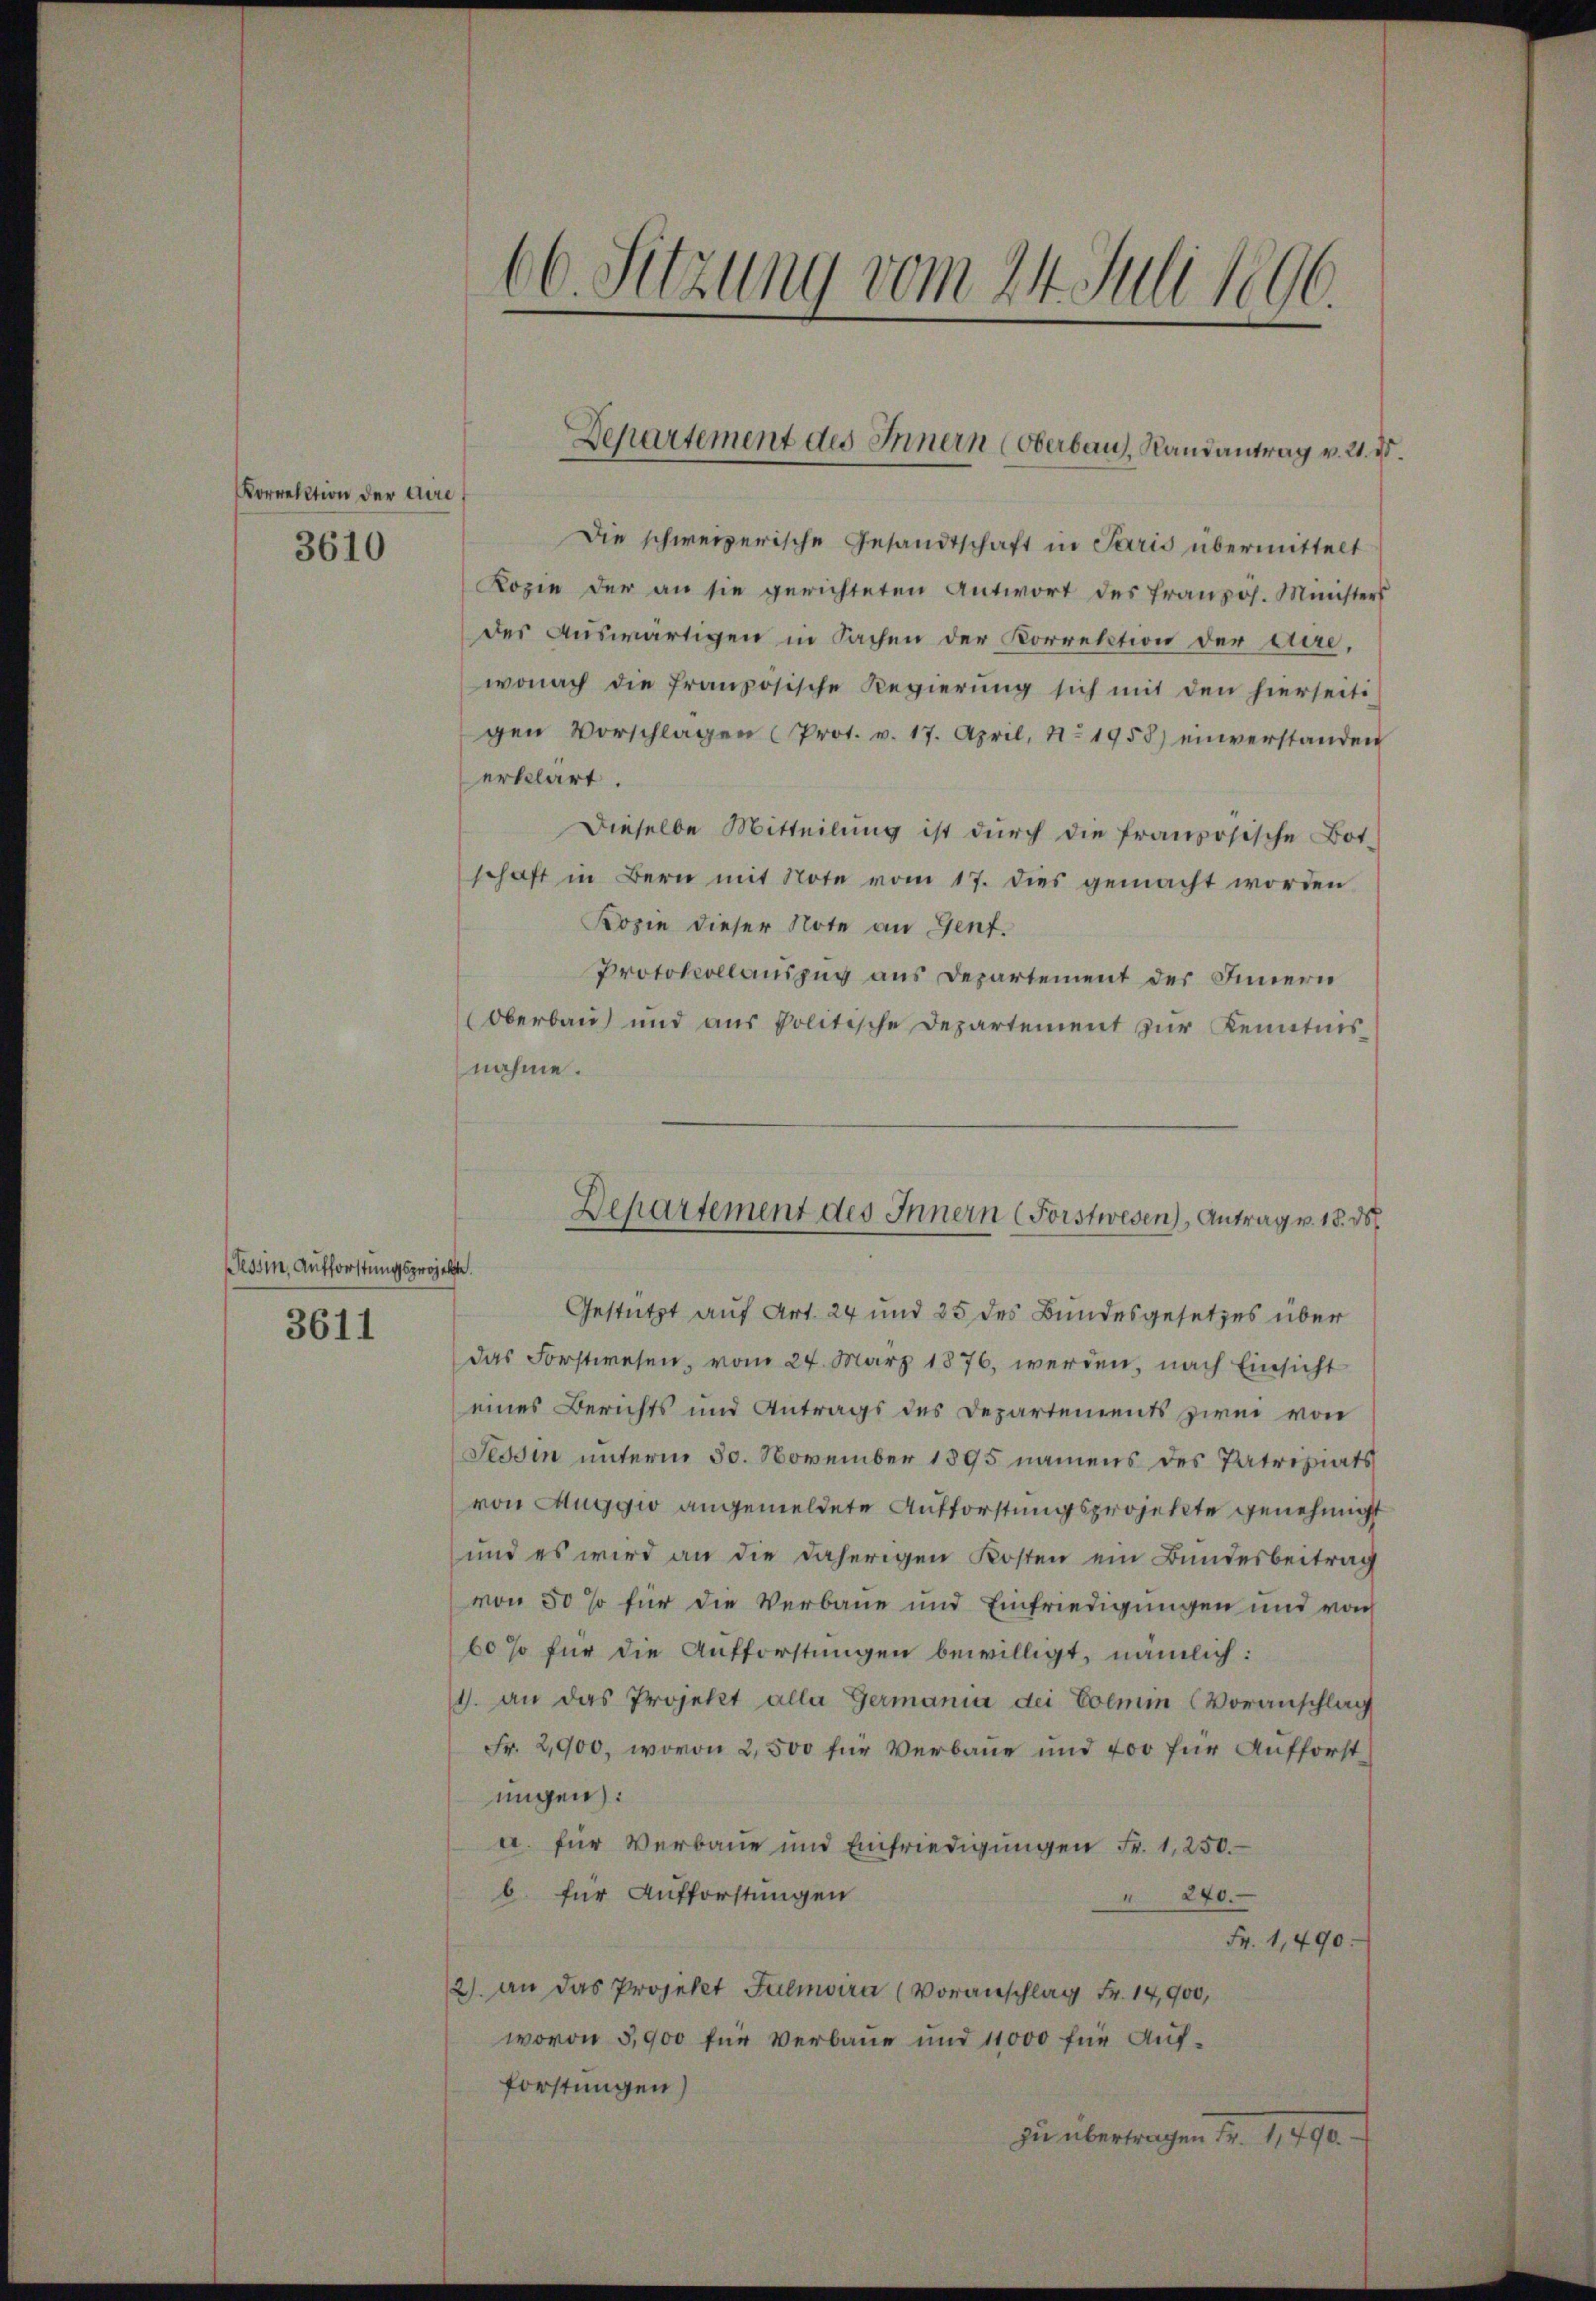
Korrektion der Dire
3610

Tessin, Aufforstungsprojekte.
3611

Die schweizerische Gesandtschaft in Paris übermittelt
Kopie der an sie gerichteten Antwort des französ. Ministers
des Auswärtigen in Sachen der Korrektion der diewonach die französische Regierung sich mit den hierseiti
gen Vorschlagen (Prot. v. 17. April, No. 1958) einverstanden
erklärt.
Dieselbe Mitteilung ist durch die französische Bot-
schaft in Bern mit Note vom 17. dies gemacht worden
Kopie dieser Note an Gent.
Protokollauszug aus Departement des Innern
Oberbau und aus politische Departement zur Kenntnisnahme.
Gestützt auf Art. 24 und 25 des Bundesgesetzes über
Das Forstwesen, vom 24. März 1876, werden, nach Einsicht
eines Berichts und Antrags des Departements zwei von
Tessin unterm 30. November 1895 namens des Patriziats
von Auggio angemeldete Aufforstungsprojekte genehmigt
und es wird an die daherigen Kosten ein Bundesbeitrag
von 50 so für die Verbaue und Einfriedigungen und von
60 so für die Aufforstungen bewilligt, nämlich:
1. an das Projekt alle Germania dei Eolmm (Voranschlag
Fr. 2,900, wovon 2,500 für Verbaue und 400 für Aufforst
ungen):
a. für Verbaue und Einfriedigungen Fr. 1250.
b. für Aufforstungen
" 240.
Fr. 1,490:
2) an das Projekt Fulmvira (Voranschlag Fr. 14,900,
wovon 5,900 für Verbaue und 11000 für Aufforstungen)
zu übertragen Fr. 1790.

66. Sitzung vom 24. Juli 1896.

Departement des Innern (Oberbaus, Randantrag v. 21. d.

Departement des Innern (Forstwesen), Antrag v. 18. 30